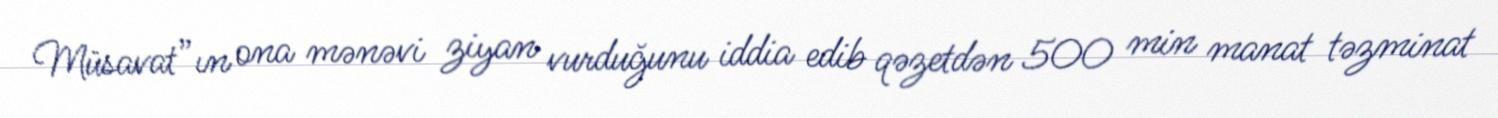
Müsavat”ın ona mənəvi ziyan vurduğunu iddia edib qəzetdən 500 min manat təzminat